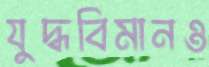
যুদ্ধবিমানও